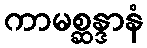
ကာမစ္ဆန္ဒာနံ